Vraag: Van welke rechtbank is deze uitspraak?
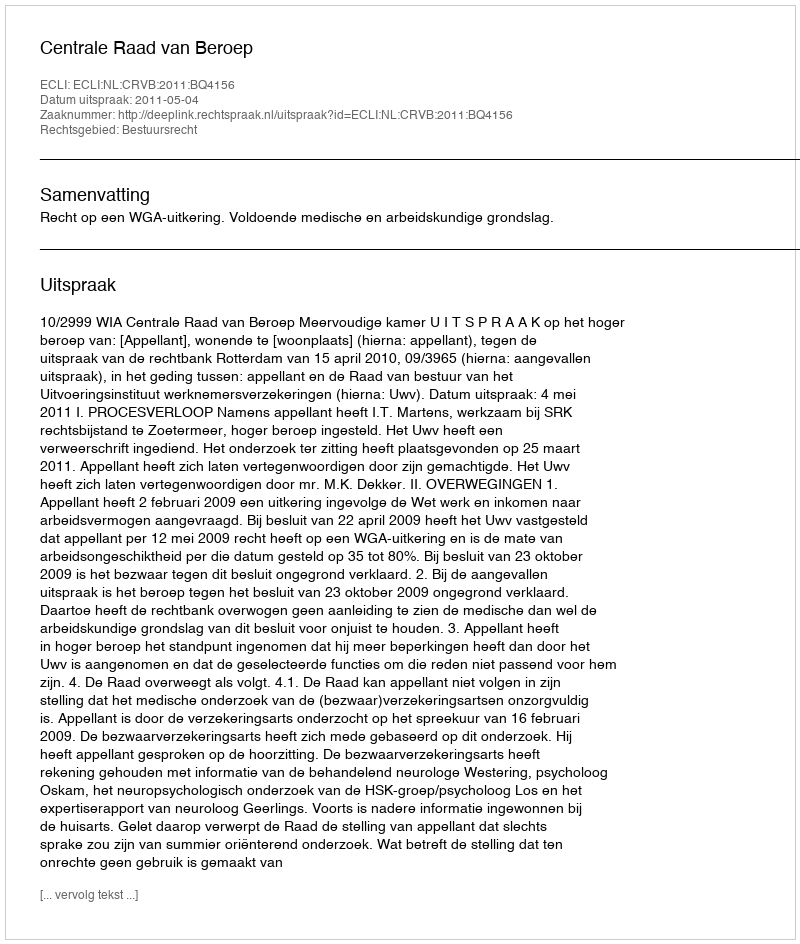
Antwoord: Centrale Raad van Beroep